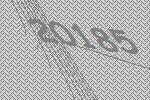
20185